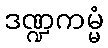
ဒဏ္ဍကမ္မံ